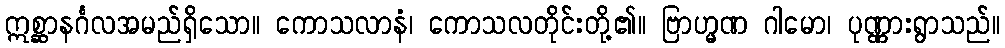
ဣစ္ဆာနင်္ဂလအမည်ရှိသော။ ကောသလာနံ၊ ကောသလတိုင်းတို့၏။ ဗြာဟ္မဏ ဂါမော၊ ပုဏ္ဏားရွာသည်။